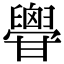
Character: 𦦥